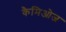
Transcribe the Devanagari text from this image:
कैमिओज